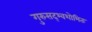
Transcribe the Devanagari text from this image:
गुरुसद्भ्वशोभितः